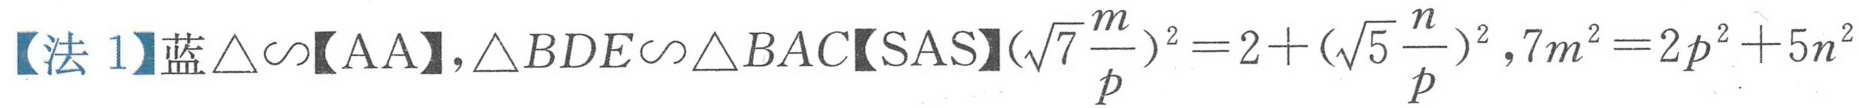
【法 1】蓝$\triangle\sim$【AA】,$\triangle BDE\sim\triangle BAC$【SAS】$(\sqrt{7}\frac{m}{p})^2 = 2+(\sqrt{5}\frac{n}{p})^2,7m^{2}=2p^{2}+5n^{2}$